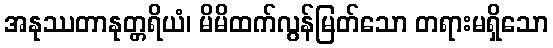
အနုဿတာနုတ္တရိယံ၊ မိမိထက်လွန်မြတ်သော တရားမရှိသော